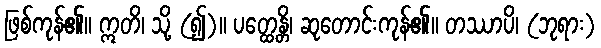
ဖြစ်ကုန်၏။ ဣတိ၊ သို့ (၍)။ ပတ္ထေန္တိ၊ ဆုတောင်းကုန်၏။ တဿာပိ၊ (ဘုရား)